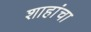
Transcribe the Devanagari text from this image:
शाहांचा